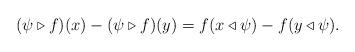
LaTeX: \begin{align*} (\psi\triangleright f)(x)-(\psi\triangleright f)(y) = f(x\triangleleft\psi) - f(y\triangleleft\psi). \end{align*}